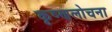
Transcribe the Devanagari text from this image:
कृष्णलोचना